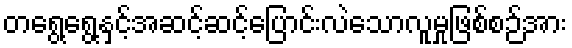
တရွေ့ရွေ့နှင့်အဆင့်ဆင့်ပြောင်းလဲသောလူမှုဖြစ်စဉ်အား